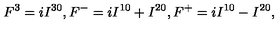
F ^ { 3 } = i I ^ { 3 0 } , F ^ { - } = i I ^ { 1 0 } + I ^ { 2 0 } , F ^ { + } = i I ^ { 1 0 } - I ^ { 2 0 } ,